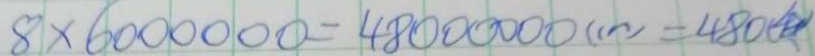
8 \times 6 0 0 0 0 0 0 = 4 8 0 0 0 0 0 0 ( m ) = 4 8 0 (